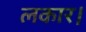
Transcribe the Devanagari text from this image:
लकार।